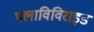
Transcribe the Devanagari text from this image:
फ्लाविविराइड